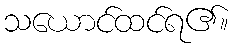
သယောင်ထင်ရ၏။